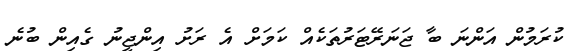
ކުރަމުން އަންނަ ބާ ޖަނަރޭޓަރުތަކެއް ކަމަށް އެ ރަށު އިންޖީނު ގެއިން ބުނެ